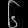
Digit: ၆